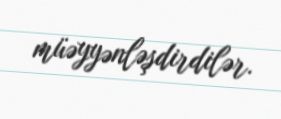
müəyyənləşdirdilər.